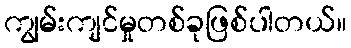
ကျွမ်းကျင်မှုတစ်ခုဖြစ်ပါတယ်။